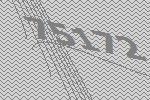
75172